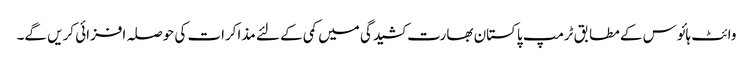
وائٹ ہائوس کے مطابق ٹرمپ پاکستان بھارت کشیدگی میں کمی کے لئے مذاکرات کی حوصلہ افزائی کریں گے۔